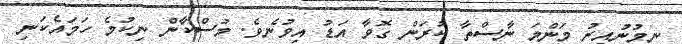
ނިމުނުއިރު މަންމަ ނާސްތާ ކުރަން ގޮވާ އަޑު އިވުނެވެ. މުސްކާން ނިކުމެ ހަމައެކަނި